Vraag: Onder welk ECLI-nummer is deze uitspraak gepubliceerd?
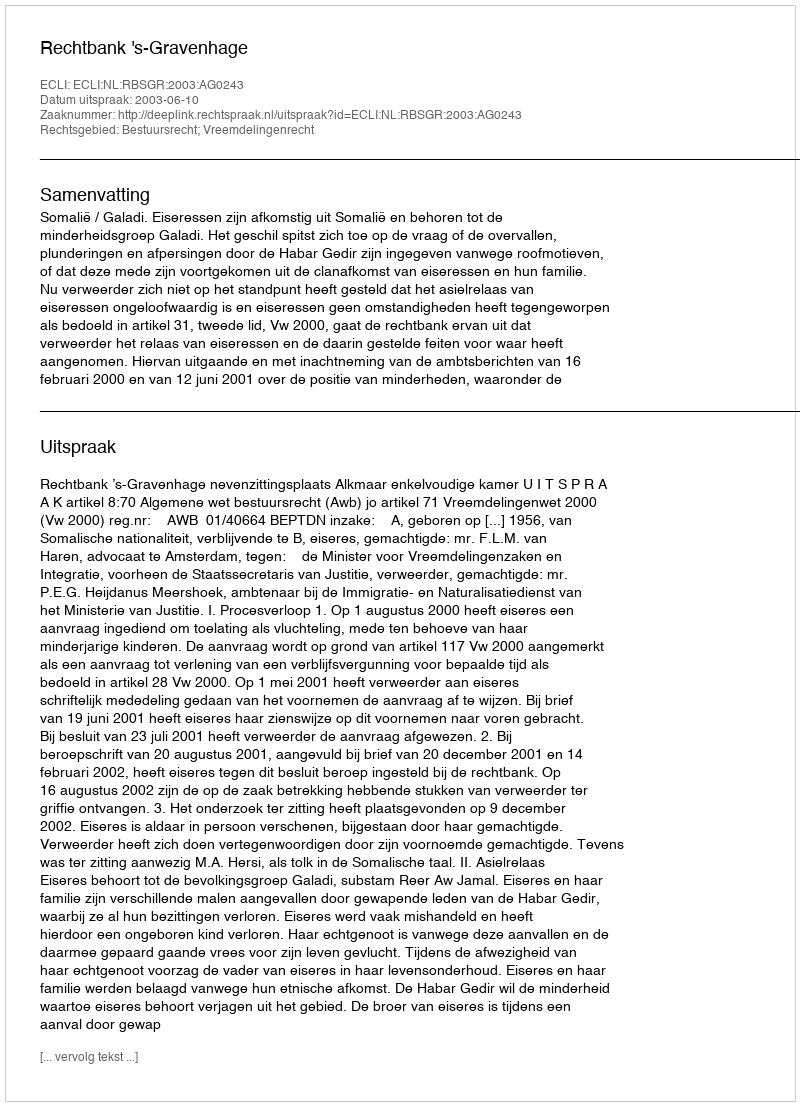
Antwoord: ECLI:NL:RBSGR:2003:AG0243